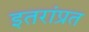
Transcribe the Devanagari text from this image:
इतरांप्रत